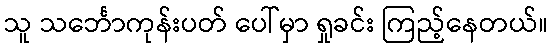
သူ သင်္ဘောကုန်းပတ် ပေါ်မှာ ရှုခင်း ကြည့်နေတယ်။